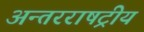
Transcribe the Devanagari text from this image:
अन्तरराषट्रीय